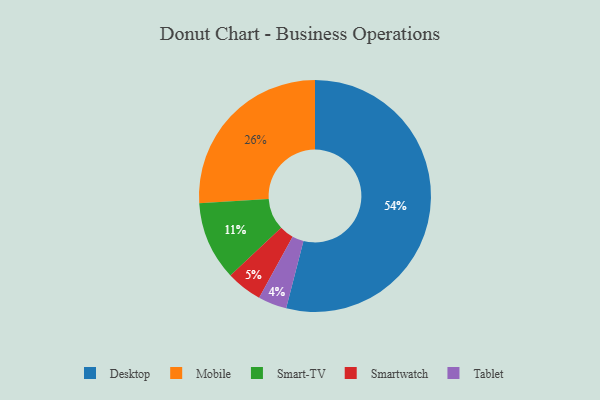
{"axis": {"x": "Category", "y": "Percentage"}, "legend": ["Desktop", "Mobile", "Smart-TV", "Smartwatch", "Tablet"], "data": [{"x": "Mobile", "y": 26, "type": "Mobile"}, {"x": "Tablet", "y": 4, "type": "Tablet"}, {"x": "Smartwatch", "y": 5, "type": "Smartwatch"}, {"x": "Desktop", "y": 54, "type": "Desktop"}, {"x": "Smart-TV", "y": 11, "type": "Smart-TV"}]}